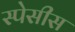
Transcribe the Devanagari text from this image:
स्पेसीस